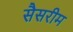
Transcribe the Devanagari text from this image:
सैसरीम